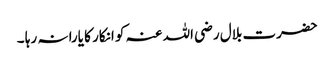
حضرت بلال رضی اللہ عنہ کو انکار کا یارا نہ رہا ۔